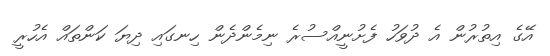
އޭގެ އިތުރުން އެ ދުވަހު ފެށުނީއްސުރެ ނިމެންދެން ހިނގައި ދިޔަ ކަންތައް އެހުރީ